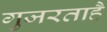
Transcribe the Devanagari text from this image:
गुजरताहै